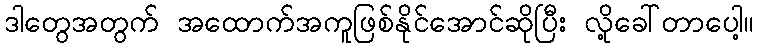
ဒါတွေအတွက် အထောက်အကူဖြစ်နိုင်အောင်ဆိုပြီး လို့ခေါ်တာပေါ့။